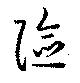
険